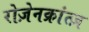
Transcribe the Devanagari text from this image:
रोज़ेनक्रांत्ज़